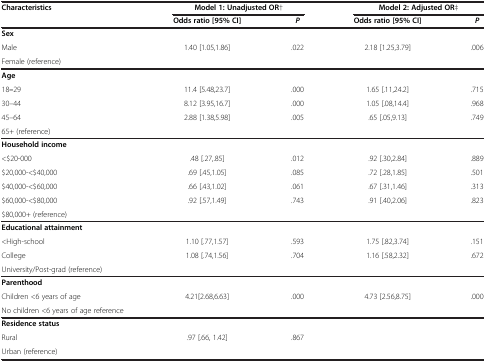
<table><thead><tr><td><b>Characteristics</b></td><td colspan="2"><b>Model 1: Unadjusted OR†</b></td><td colspan="2"><b>Model 2: Adjusted OR‡</b></td></tr><tr><td><b> </b></td><td><b>Odds ratio [95% CI]</b></td><td><b><i>P</i></b></td><td><b>Odds ratio [95% CI]</b></td><td><b><i>P</i></b></td></tr></thead><tbody><tr><td><b>Sex</b></td><td> </td><td> </td><td> </td><td> </td></tr><tr><td>Male</td><td>1.40 [1.05,1.86]</td><td>.022</td><td>2.18 [1.25,3.79]</td><td>.006</td></tr><tr><td>Female (reference)</td><td> </td><td> </td><td> </td><td> </td></tr><tr><td><b>Age</b></td><td> </td><td> </td><td> </td><td> </td></tr><tr><td>18<b>–</b>29</td><td>11.4 [5.48,23.7]</td><td>.000</td><td>1.65 [.11,24.2]</td><td>.715</td></tr><tr><td>30–44</td><td>8.12 [3.95,16.7]</td><td>.000</td><td>1.05 [.08,14.4]</td><td>.968</td></tr><tr><td>45–64</td><td>2.88 [1.38,5.98]</td><td>.005</td><td>.65 [.05,9.13]</td><td>.749</td></tr><tr><td>65+ (reference)</td><td> </td><td> </td><td> </td><td> </td></tr><tr><td><b>Household income</b></td><td> </td><td> </td><td> </td><td> </td></tr><tr><td>&lt;$20-000</td><td>.48 [.27,.85]</td><td>.012</td><td>.92 [.30,2.84]</td><td>.889</td></tr><tr><td>$20,000-&lt;$40,000</td><td>.69 [.45,1.05]</td><td>.085</td><td>.72 [.28,1.85]</td><td>.501</td></tr><tr><td>$40,000-&lt;$60,000</td><td>.66 [.43,1.02]</td><td>.061</td><td>.67 [.31,1.46]</td><td>.313</td></tr><tr><td>$60,000-&lt;$80,000</td><td>.92 [.57,1.49]</td><td>.743</td><td>.91 [.40,2.06]</td><td>.823</td></tr><tr><td>$80,000+ (reference)</td><td> </td><td> </td><td> </td><td> </td></tr><tr><td><b>Educational attainment</b></td><td> </td><td> </td><td> </td><td> </td></tr><tr><td>&lt;High-school</td><td>1.10 [.77,1.57]</td><td>.593</td><td>1.75 [.82,3.74]</td><td>.151</td></tr><tr><td>College</td><td>1.08 [.74,1.56]</td><td>.704</td><td>1.16 [.58,2.32]</td><td>.672</td></tr><tr><td>University/Post-grad (reference)</td><td> </td><td> </td><td> </td><td> </td></tr><tr><td><b>Parenthood</b></td><td> </td><td> </td><td> </td><td> </td></tr><tr><td>Children &lt;6 years of age</td><td>4.21[2.68,6.63]</td><td>.000</td><td>4.73 [2.56,8.75]</td><td>.000</td></tr><tr><td>No children &lt;6 years of age reference</td><td> </td><td> </td><td> </td><td> </td></tr><tr><td><b>Residence status</b></td><td> </td><td> </td><td> </td><td> </td></tr><tr><td>Rural</td><td>.97 [.66, 1.42]</td><td>.867</td><td> </td><td> </td></tr><tr><td>Urban (reference)</td><td> </td><td> </td><td> </td><td> </td></tr></tbody></table>